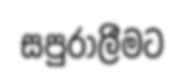
සපුරාලීමට